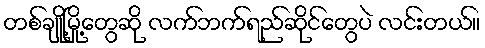
တစ်ချို့မြို့တွေဆို လက်ဘက်ရည်ဆိုင်တွေပဲ လင်းတယ်။